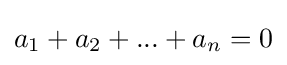
a_{1}+a_{2}+...+a_{n}=0